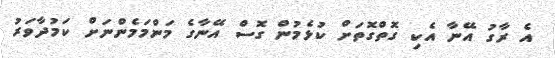
އެ ރާގު އޭނާ އެކި ގޮތްގޮތަށް ކުޅެމުން ގޮސް އޭނާގެ މަންމަމެންނަށް ކަމުދާވަރު